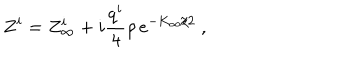
Z ^ { i } = Z _ { \infty } ^ { i } + i { \frac { q ^ { i } } { 4 } } \rho \, e ^ { - K _ { \infty } / 2 } \ ,